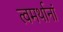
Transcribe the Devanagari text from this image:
त्वमर्थानां